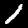
Digit: 1